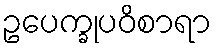
ဥပေက္ခုပဝိစာရာ